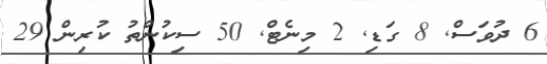
6 ދުވަސް